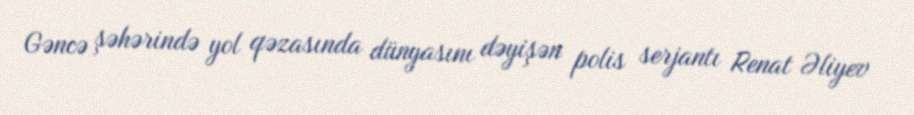
Gəncə şəhərində yol qəzasında dünyasını dəyişən polis serjantı Renat Əliyev